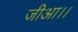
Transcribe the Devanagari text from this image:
जीआ।।